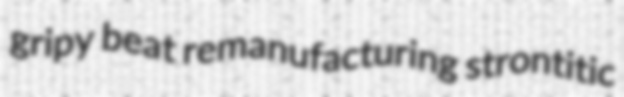
gripy beat remanufacturing strontitic